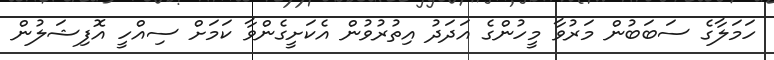
ހަމަލާގެ ސަބަބުން މަރުވާ މީހުންގެ އަދަދު އިތުރުވުން އެކަށީގެންވާ ކަމަށް ސިއްހީ އޮފިޝަލުން